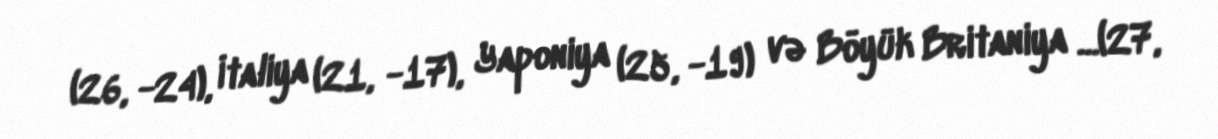
(26, -24), İtaliya (21, -17), Yaponiya (25, -19) və Böyük Britaniya ...(27,